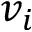
v _ { i }